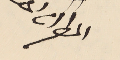
المطران